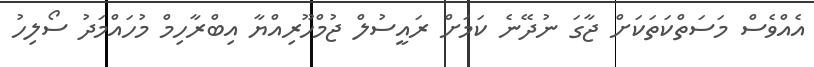
އެއްވެސް މަސަތްކަތަކަށް ޖާގަ ނުދޭޭނެ ކަމަށް ރައީސުލް ޖުމްހޫރިއްޔާ އިބްރާހިމް މުހައްމަދު ސޯލިހު